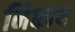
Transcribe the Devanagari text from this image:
निकाय